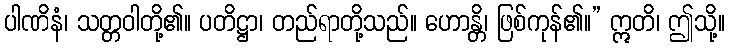
ပါဏိနံ၊ သတ္တဝါတို့၏။ ပတိဋ္ဌာ၊ တည်ရာတို့သည်။ ဟောန္တိ၊ ဖြစ်ကုန်၏။” ဣတိ၊ ဤသို့။